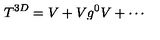
T ^ { 3 D } = V + V g ^ { 0 } V + \cdots